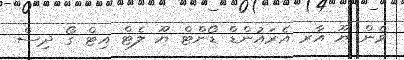
ވެން ޔޫ އާރ އެރައުންޑް ޑޯންޓް ޔޫ ލެޓް އިޓް ގޯ ދިސް